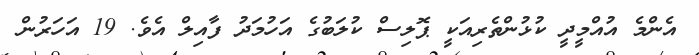
އެންމެ އުއްމީދީ ކުޅުންތެރިއަކީ ޕޮލިސް ކުލަބުގެ އަހުމަދު ފާއިލް އެވެ. 19 އަހަރުން